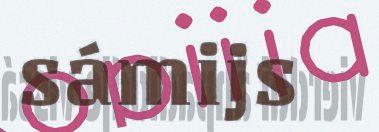
sámijs